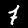
Label: 7